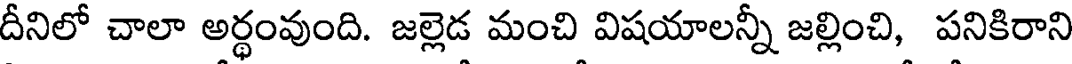
దీనిలో చాలా అర్థంవుంది. జల్లెడ మంచి విషయాలన్నీ జల్లించి, పనికిరాని